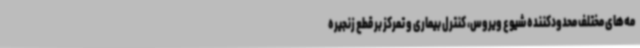
مه‌های مختلف محدودکننده شیوع ویروس، کنترل بیماری و تمرکز بر قطع زنجیره